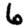
Digit: 6